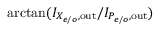
\arctan ( I _ { X _ { e / o } , \mathrm { o u t } } / I _ { P _ { e / o } , \mathrm { o u t } } )